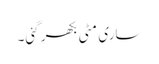
ساری مٹی بکھر گئی۔